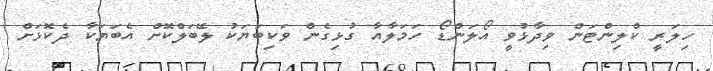
ހިލަރީ ކްލިންޓަން ވިދާޅުވީ އޯލަންޑޯ ހަމަލާއާ ގުޅިގެން ވަކިބަޔަކު ލޭބަލްކޮށް އެބަޔަކާ ދެކޮޅަށް